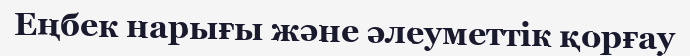
Еңбек нарығы және әлеуметтік қорғау